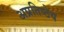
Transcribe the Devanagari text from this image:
अप्रतिष्ठेय